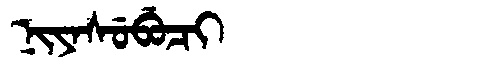
Manchu: ᠨᡳᠶᠠᠰᡠᠪᡠᠴᡳ
Romanization: NIYASUBUCI